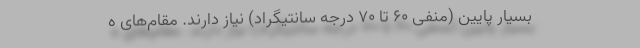
بسیار پایین (منفی ۶۰ تا ۷۰ درجه سانتیگراد) نیاز دارند. مقام‌های ه